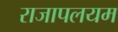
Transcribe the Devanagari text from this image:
राजापलयम